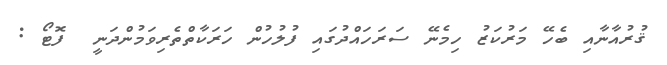
ޤުރުއާނާއި ބެހޭ މަރުކަޒު ހިމެނޭ ސަރަހައްދުގައި ފުލުހުން ހަރަކާތްތެރިވަމުންދަނީ  ފޮޓޯ :